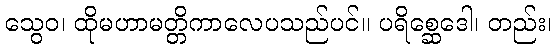
သွေဝ၊ ထိုမဟာမတ္တိကာလေပသည်ပင်။ ပရိစ္ဆေဒေါ၊ တည်း၊